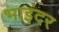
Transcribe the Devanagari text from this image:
भाइंदर